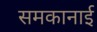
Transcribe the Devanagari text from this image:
समकानाई